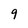
Character: 9